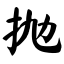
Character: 抛